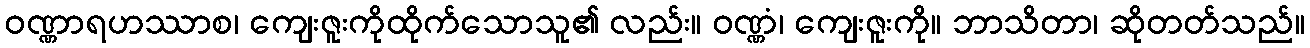
ဝဏ္ဏာရဟဿာစ၊ ကျေးဇူးကိုထိုက်သောသူ၏ လည်း။ ဝဏ္ဏံ၊ ကျေးဇူးကို။ ဘာသိတာ၊ ဆိုတတ်သည်။